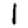
Digit: 1